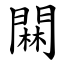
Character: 䦥